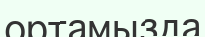
ортамызда